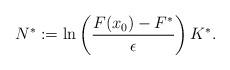
LaTeX: \begin{align*}N^*:=\ln\left(\frac{F(x_0)-F^*}{\epsilon}\right) K^*.\end{align*}